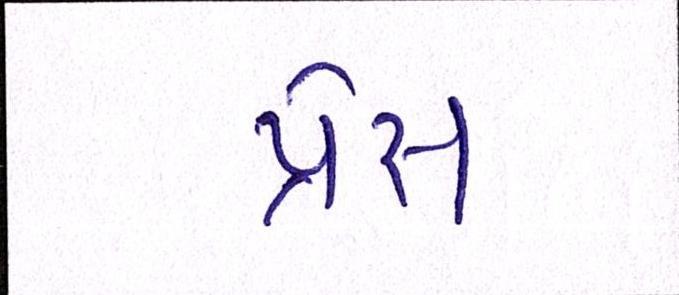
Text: પ્રેસ